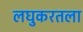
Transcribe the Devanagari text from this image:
लघुकरतला